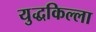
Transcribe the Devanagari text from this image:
युद्धकिल्ला